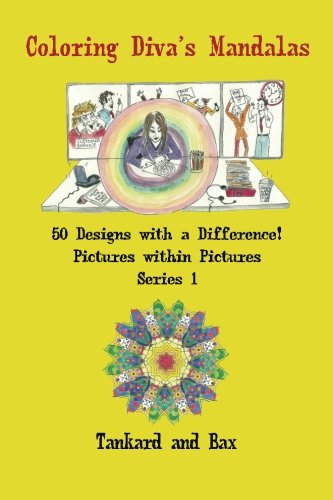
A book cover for Coloring Diva's Mandalas: 50 Mandalas with a Difference! (Volume 1); Tankard and Bax; Self-Help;